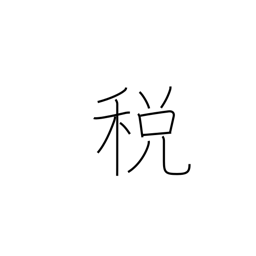
Meaning: tax